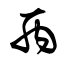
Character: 丙